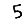
Digit: 5